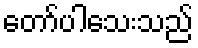
တော်ပါသေးသည်